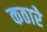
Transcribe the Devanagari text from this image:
कठारे